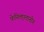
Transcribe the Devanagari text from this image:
फेनिलएलानीन